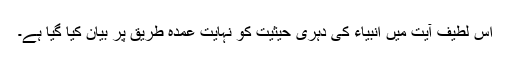
اس لطیف آیت میں انبیاء کی دُہری حیثیت کو نہایت عمدہ طریق پر بیان کیا گیا ہے۔